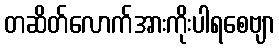
တဆိတ်လောက်အားကိုးပါရစေဗျာ